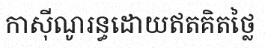
កាស៊ីណូរន្ធដោយឥតគិតថ្លៃ